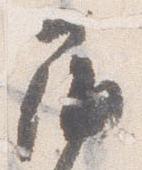
屏